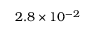
2 . 8 \times 1 0 ^ { - 2 }